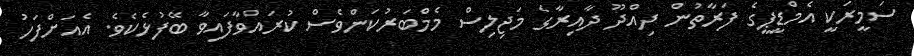
ސަމީރަކީ އެމްޑީޕީގެ ފަރާތުން ދިއްދޫ ދާއިރާގެ މަޖިލިސް މެމްބަރުކަންވެސް ކުރައްވާފައިވާ ބޭފުޅެކެވެ. އެއަށްފަހު